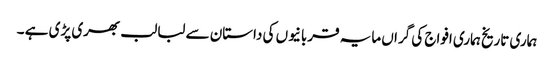
ہماری تاریخ ہماری افواج کی گراں مایہ قربانیوں کی داستان سے لبالب بھری پڑی ہے ۔